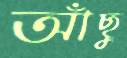
আঁছু